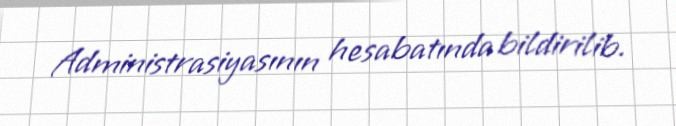
Administrasiyasının hesabatında bildirilib.